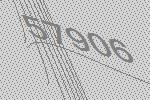
57906